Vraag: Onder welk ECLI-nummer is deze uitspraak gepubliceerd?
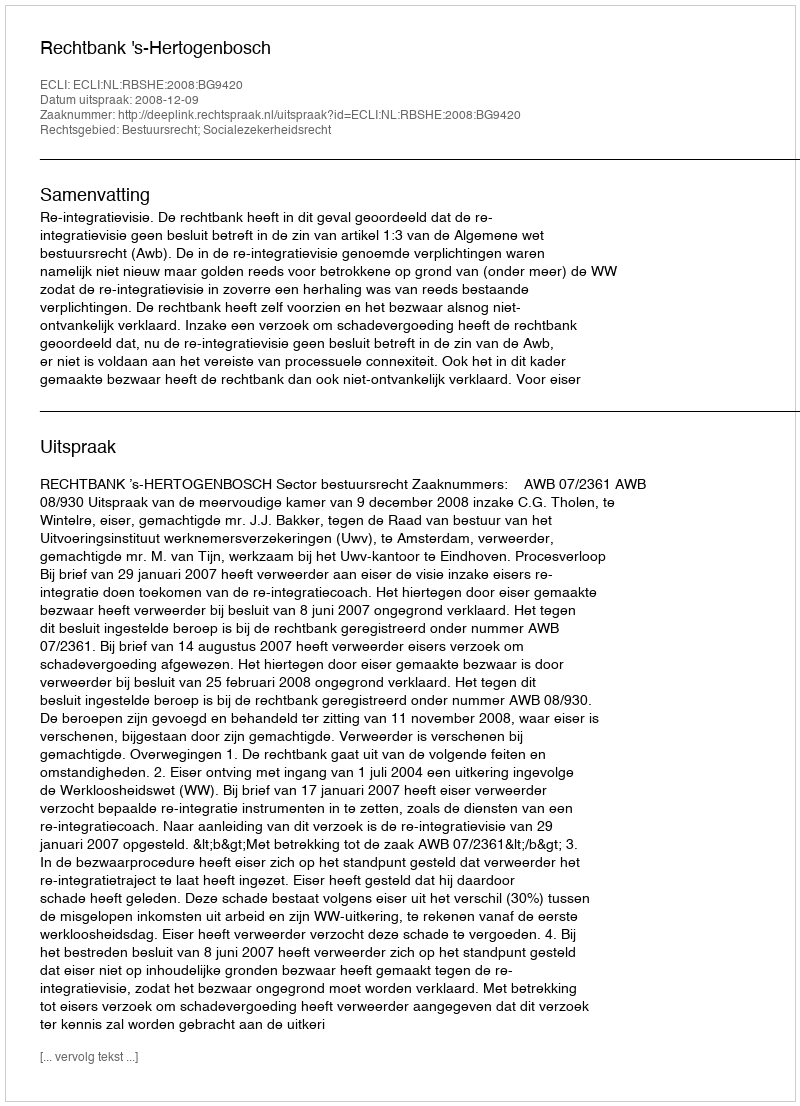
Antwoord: ECLI:NL:RBSHE:2008:BG9420